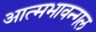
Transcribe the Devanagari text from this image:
आत्मभावन्गल